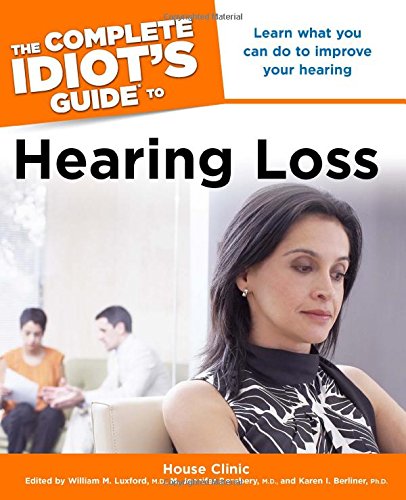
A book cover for The Complete Idiot's Guide to Hearing Loss; House Clinic; Health, Fitness & Dieting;